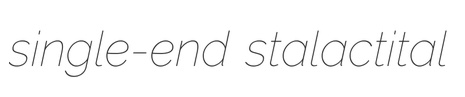
single-end stalactital